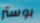
بوستر